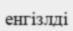
енгізлді